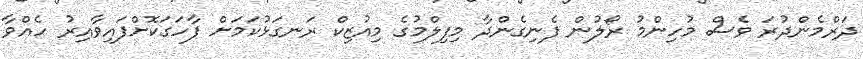
ދަރްމެންދުރަ ވެސް މުހިންމު ރޯލުން ފެނިގެންދާ މިފިލްމުގެ މިއުޒިކް ރަނގަޅުކަމަށް ފާހަގަކޮށްފައިވާއިރު ހެއްވާ